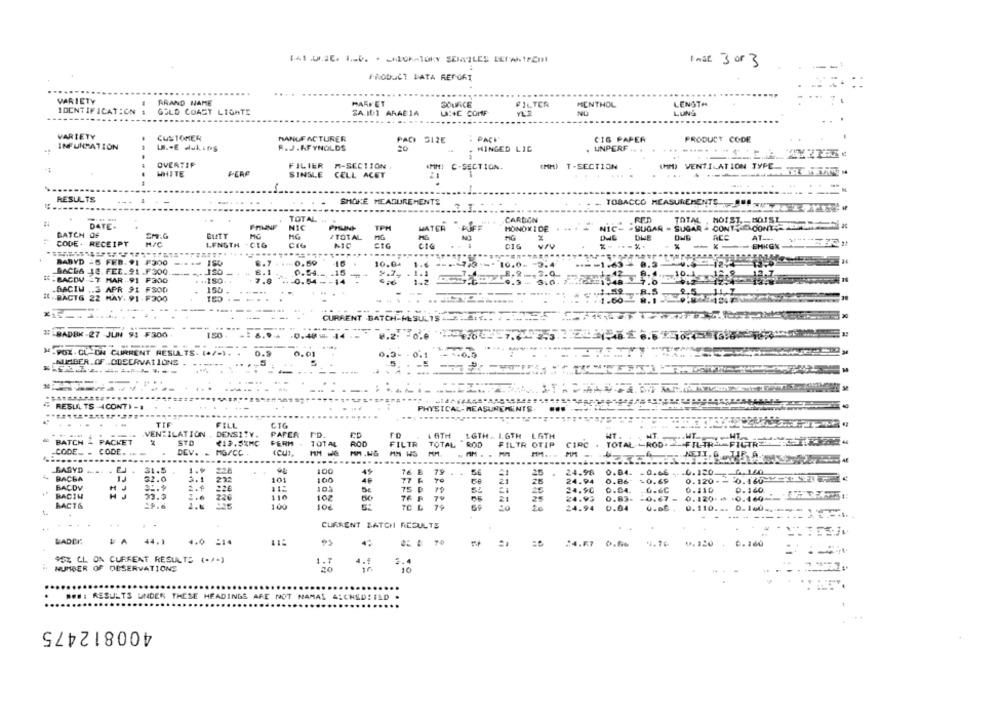
I nat. 3 00 3
PRODUCT DATA REPORT
WRICTY
BRAND NAME
MARKET
SOURCE
FILTER
MENTHOL
LENGTH
IDENTIFICATION
GOLD COAST LIGHTE
SAID:1 ARABIA
UCIE COMF
NO
LUNG
VARIETY
CUSTOMER
MMANUFACTURER
INFUNMATION
PAD 312E
CIG PAPER
PRODUCT CODE
R.J .AFYNOLDS
20
HINGED LIC
, UNPERF ..
OVERTIF
FILIER M-SECTION
AMI: C-SECTION.
(MM) T-SECTION
IHMDI VENTILATION TYPE-
WHITE
PERF
SINSLE
CELL ACET
. .
RESULTS
SHOKE MEASUREMENTS
....
TOBACCO MEASUREMENTS JUS
CARBON
TOTAL , HOIST. - MOIST
DATE-
TOTAL #+
NIC
TPM
MATER PUFF
MONOXIDE
NIC- SUGAR - SUGAR . CONT, " OONT
BATCH OF
Sr.G
BUTT
TOTAL
MG
AT ___
CODE . RECEIPT
LENGTH -CIG
CIG
NIC
CIG
.......-
...
0.59
BABYD -5 FEB. 91 F300
10.04
1.6
1.6 ==
10.0.
..-- 1-63-
..-- 1.63-
0.3
BACDA 18. FEE.91 .F300
-120
0.24.
.15
1.7, . 1.
8.2 .-- 3.0
3.0
42
8.
.. 10.1
.10.1
12.7.
I - BACDUST MAR -91 F300
.. 180
7.8
0.54 -- 14
1.2
3.0. 12. 6.2 048
10.
BACIW .. 3 APR 91 FSOD
150 .
.R.S
R.
IL .BACTG 22 MAY. 91 -F300
1.60
CURRENT .
TCH-HL SUL
=
# BADBK-27 JUN 91 F300.
1.20
1:
₦-POX. CL-ON CURRENT RESULTS. (+/-).
0.
0.01
0.3-
-0.1
6.9
NUMBER.OF .OBSERVATIONS
RESLA TS 4CONTI -
PHYSICAL-MEASUREMENTS
PHYSICAL-
.......
TIF
FILL
CIG
.VENTILATION , DENSITY.
PAPER
4 6TH
LGTH .. L.6TH LATH
BATCH & PACKET
STD
₹12.5%MC
FERM.
TOTAL
ROD
CIRC . TOTAL -- ROD. FILTR FILTRE
FILTR TOTAL ROD FILTR OTIP
-CODE ...
CODE
--
DEV ..
MG/CC
.....
....
....
BAGYD .... . E.
31.5
100
49
76 E
79
56
25
24.98
0.84. 0.06, 0.30
BACGA
32.0
3.1
222
101
100
49
To
0.120 -= 0.160
BACDV
77 F
26
24.94
0.86 -0.69
226
112
75 B 79
25
24.90
0.04.
.6.6C
0.110
0.160
BACIH
33.9
1.6
226
110
102
76 F
7º
24.93
0.89. - 0.67
0.120.₼ .0.160-
BACT&
100
7C L 79
66
24.94
0.04
0.66 .
0.110. .. 0.140 ..
------
CURRENT BATCH RESULTE
BADBI
VA 44.1 4.0 -14
$ 4 70
:4.67 0.66
4.76
0.160
0.120
SOL CL ON CURRENT RESULTS ( ** )
3.4
NUMBER OF OBSERVATIONS
10
UNDER
NOT
AMAS
400812475